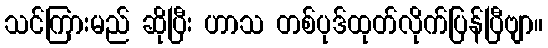
သင်ကြားမည် ဆိုပြီး ဟာသ တစ်ပုဒ်ထုတ်လိုက်ပြန်ပြီဗျာ။